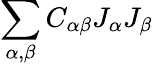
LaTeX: \sum_{\alpha,\beta}C_{\alpha\beta}J_{\alpha}J_{\beta}